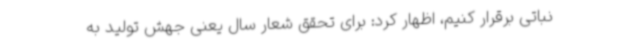
نباتی برقرار کنیم، اظهار کرد: برای تحقق شعار سال یعنی جهش تولید به